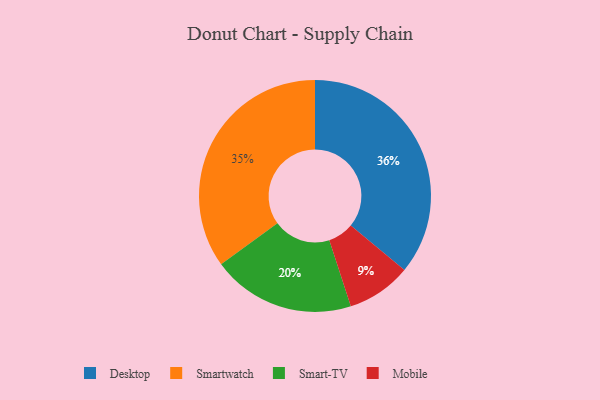
{"axis": {"x": "Category", "y": "Percentage"}, "legend": ["Desktop", "Mobile", "Smart-TV", "Smartwatch"], "data": [{"x": "Mobile", "y": 9, "type": "Mobile"}, {"x": "Desktop", "y": 36, "type": "Desktop"}, {"x": "Smartwatch", "y": 35, "type": "Smartwatch"}, {"x": "Smart-TV", "y": 20, "type": "Smart-TV"}]}